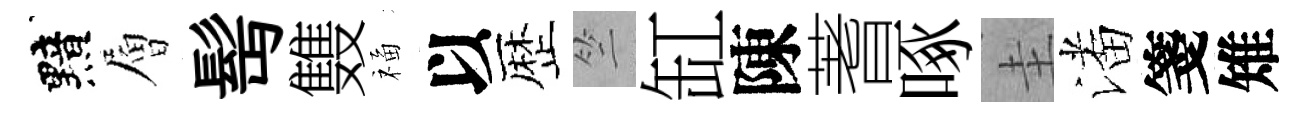
黯層髩䨇福以歴竺缸陳蓍啄圭潘箋雉